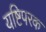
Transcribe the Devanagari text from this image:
यष्टिपरक